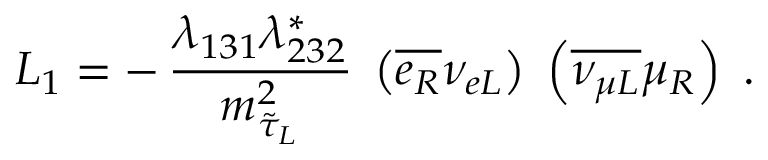
{ \cal L } _ { 1 } = - \, \frac { \lambda _ { 1 3 1 } \lambda _ { 2 3 2 } ^ { * } } { m _ { \tilde { \tau } _ { L } } ^ { 2 } } \; \left( \overline { { { e _ { R } } } } \nu _ { e L } \right) \; \left( \overline { { { \nu _ { \mu L } } } } \mu _ { R } \right) \; .